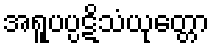
အရူပပ္ပဋိသံယုတ္တော